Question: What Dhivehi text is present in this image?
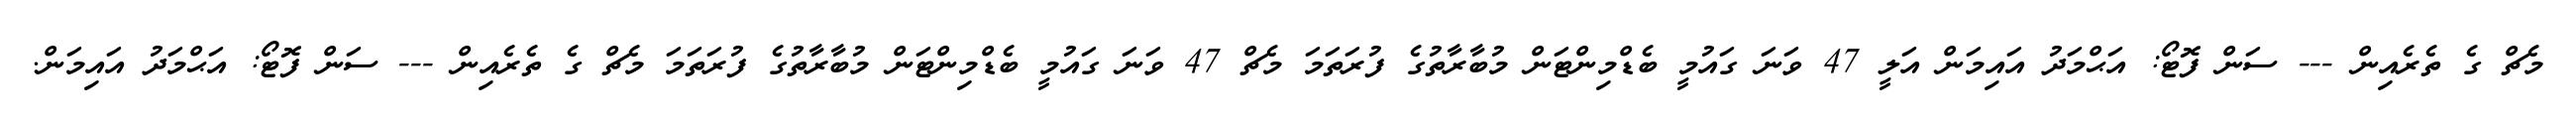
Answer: މެޗް ގެ ތެރެއިން --- ސަން ފޮޓޯ: އަޙްމަދު އައިމަން އަލީ 47 ވަނަ ގައުމީ ބެޑްމިންޓަން މުބާރާތުގެ ފުރަތަމަ މެޗް 47 ވަނަ ގައުމީ ބެޑްމިންޓަން މުބާރާތުގެ ފުރަތަމަ މެޗް ގެ ތެރެއިން --- ސަން ފޮޓޯ: އަޙްމަދު އައިމަން.